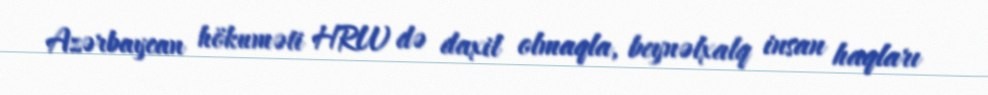
Azərbaycan hökuməti HRW də daxil olmaqla, beynəlxalq insan haqları